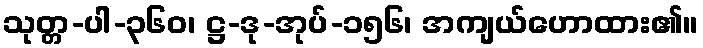
သုတ္တ-ပါ-၃၆၀၊ ဋ္ဌ-ဒု-အုပ်-၁၅၆၊ အကျယ်ဟောထား၏။